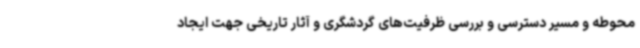
محوطه و مسیر دسترسی و بررسی ظرفیت‌های گردشگری و آثار تاریخی جهت ایجاد